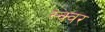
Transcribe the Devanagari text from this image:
स्क्वर